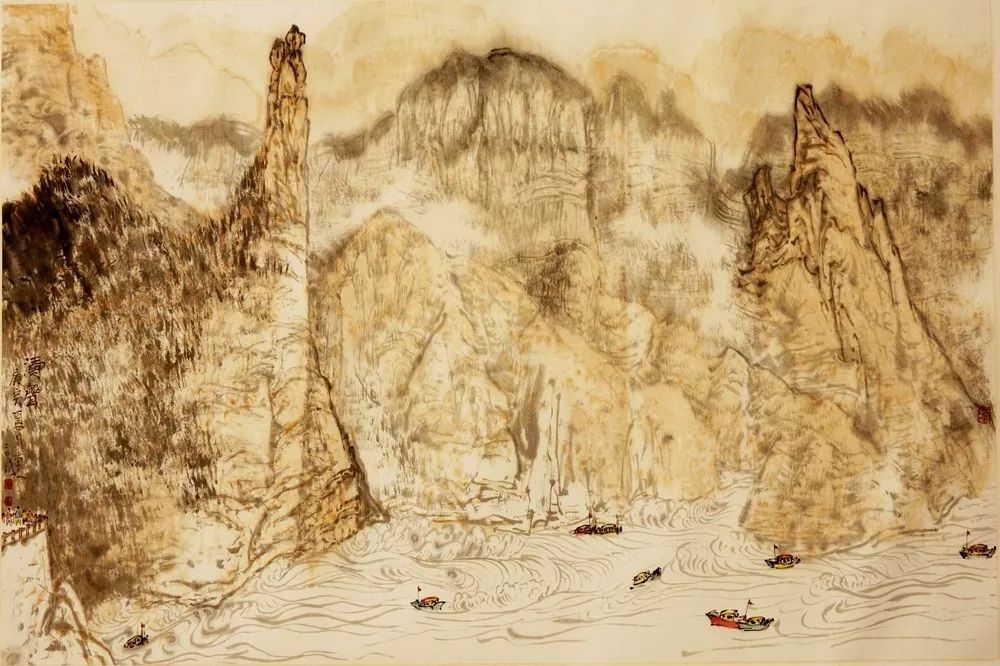
明月黄河夜，寒沙似战场。